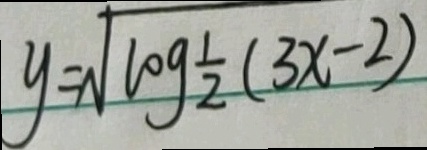
y = \sqrt { \log \frac { 1 } { 2 } ( 3 x - 2 ) }